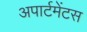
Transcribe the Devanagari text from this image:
अपार्टमेंटस